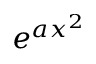
e ^ { a x ^ { 2 } }